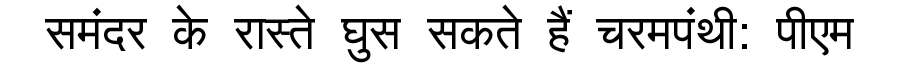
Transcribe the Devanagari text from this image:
समंदर के रास्ते घुस सकते हैं चरमपंथी: पीएम